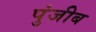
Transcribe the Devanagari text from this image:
पुंजीब